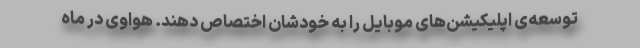
توسعه‌ی اپلیکیشن‌های موبایل را به خودشان اختصاص دهند. هواوی در ماه